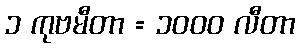
၁ ကုဗမီတာ = ၁၀၀၀ လီတာ